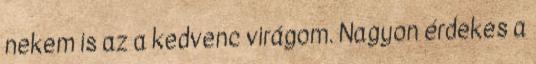
nekem is az a kedvenc virágom. Nagyon érdekes a